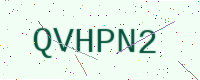
Text: QVHPN2